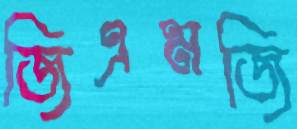
জিএমজি